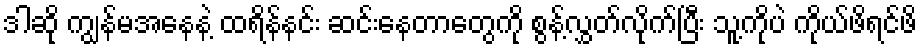
ဒါဆို ကျွန်မအနေနဲ့ ထရိန်နင်း ဆင်းနေတာတွေကို စွန့်လွှတ်လိုက်ပြီး သူ့ကိုပဲ ကိုယ်ဖိရင်ဖိ